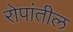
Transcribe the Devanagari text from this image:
रोपांतील